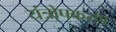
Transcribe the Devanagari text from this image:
यंत्रोपकरण